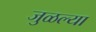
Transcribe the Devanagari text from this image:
जुळल्या